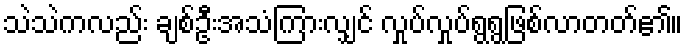
သဲသဲကလည်း ချစ်ဦးအသံကြားလျှင် လှုပ်လှုပ်ရွရွဖြစ်လာတတ်၏။